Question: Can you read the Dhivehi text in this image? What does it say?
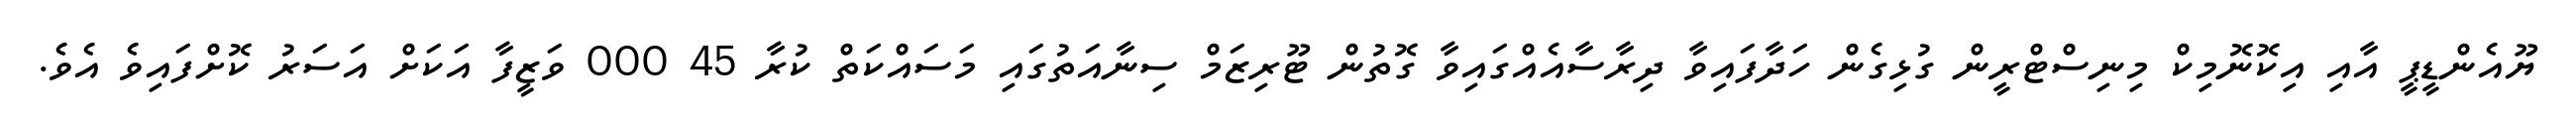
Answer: ޔޫއެންޑީޕީ އާއި އިކޮނޮމިކް މިނިސްޓްރީން ގުޅިގެން ހަދާފައިވާ ދިރާސާއެއްގައިވާ ގޮތުން ޓޫރިޒަމް ސިނާއަތުގައި މަސައްކަތް ކުރާ 45 000 ވަޒީފާ އަކަށް އަސަރު ކޮށްފައިވެ އެވެ.